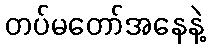
တပ်မတော်အနေနဲ့